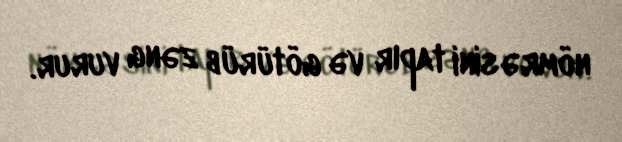
nömrəsini tapır və götürüb zəng vurur.